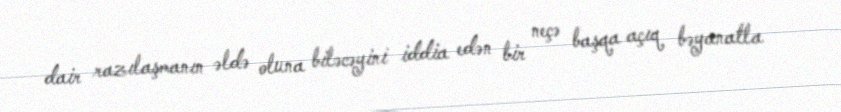
dair razılaşmanın əldə oluna biləcəyini iddia edən bir neçə başqa açıq bəyanatla